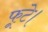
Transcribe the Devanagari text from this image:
फूटे।